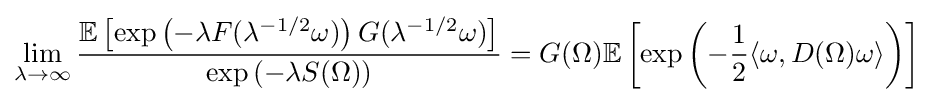
\lim _{\lambda \to \infty }{\frac {\mathbb {E} \left[\exp \left(-\lambda F(\lambda ^{-1/2}\omega )\right)G(\lambda ^{-1/2}\omega )\right]}{\exp \left(-\lambda S(\Omega )\right)}}=G(\Omega )\mathbb {E} \left[\exp \left(-{\frac {1}{2}}\langle \omega ,D(\Omega )\omega \rangle \right)\right]